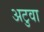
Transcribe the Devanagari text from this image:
अटुवा